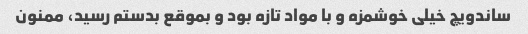
ساندویچ خیلی خوشمزه و با مواد تازه بود و بموقع بدستم رسید، ممنون